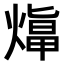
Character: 𤎙